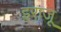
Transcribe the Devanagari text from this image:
इराजू